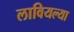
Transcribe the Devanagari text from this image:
लावियल्या